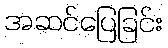
အဆင်ပြေခြင်း